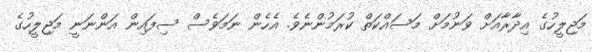
މަޖިލީހުގެ އިދާރާއަށް ވަނުމަށް މަސައްކަތް ކުރަމުންނެވެ. އެހެން ނަމަވެސް ސިފައިން އަންނަނީ މަޖިލީހުގެ